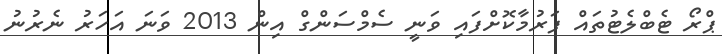
ޕްރޯ ޓެބްލެޓުތައް ފަރުމާކޮށްފައި ވަނީ ސެމްސަންގް އިން 2013 ވަނަ އަހަރު ނެރުނު